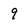
Character: 9